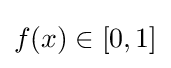
f(x)\in [0,1]